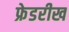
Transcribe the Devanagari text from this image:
फ्रेडरीख